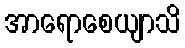
အာရောစေယျာသိ